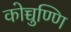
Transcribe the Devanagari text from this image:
कोच्चुण्णि